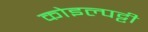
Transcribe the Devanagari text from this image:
कोइल्पट्टी